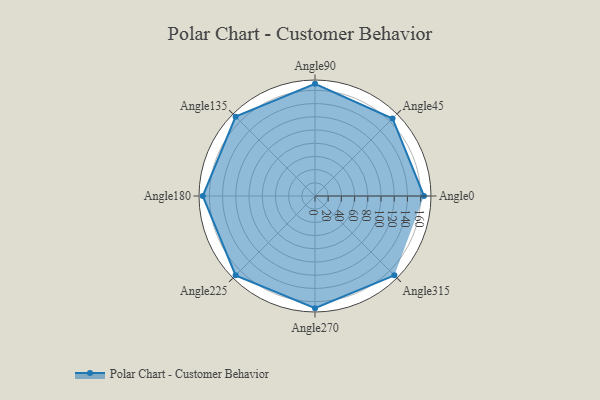
{"axis": {"x": "Angle", "y": "Radius"}, "legend": [""], "data": [{"x": "Angle0", "y": 165.0, "type": ""}, {"x": "Angle45", "y": 166.0, "type": ""}, {"x": "Angle90", "y": 170, "type": ""}, {"x": "Angle135", "y": 170, "type": ""}, {"x": "Angle180", "y": 170, "type": ""}, {"x": "Angle225", "y": 170, "type": ""}, {"x": "Angle270", "y": 170, "type": ""}, {"x": "Angle315", "y": 170, "type": ""}]}